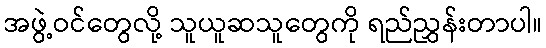
အဖွဲ့ဝင်တွေလို့ သူယူဆသူတွေကို ရည်ညွှန်းတာပါ။